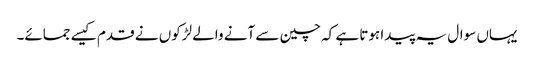
یہاں سوال یہ پیدا ہوتا ہے کہ چین سے آنے والے لڑکوں نے قدم کیسے جمائے۔